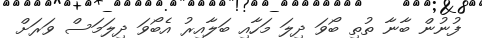
ފުނުން ބާނާ ތުތި ބޯވަ ދިލަ މަހާއި ބަލާއިރު އެބޯވަ ދިލަމަސް ވަރަށް